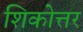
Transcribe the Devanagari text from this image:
शिकोत्तर